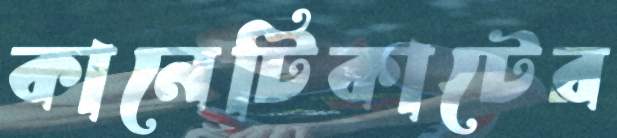
কানেটিকাটের